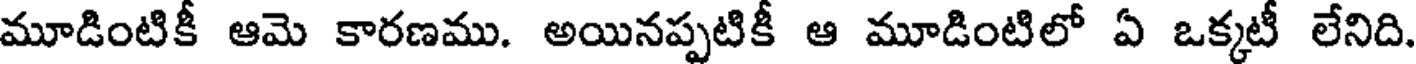
మూడింటికీ ఆమె కారణము. అయినప్పటికీ ఆ మూడింటిలో ఏ ఒక్కటీ లేనిది